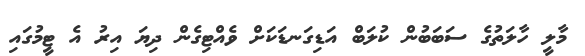
މާލީ ހާލަތުގެ ސަބަބުން ކުލަބް އަޑިގަނޑަކަށް ވެއްޓިގެން ދިޔަ އިރު އެ ޓީމުގައި